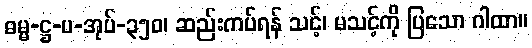
ဓမ္မ-ဋ္ဌ-ပ-အုပ်-၃၅၀၊ ဆည်းကပ်ရန် သင့်၊ မသင့်ကို ပြသော ဂါထာ။